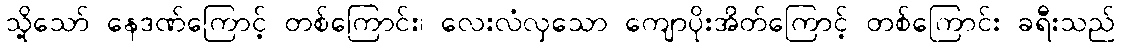
သို့သော် နေဒဏ်ကြောင့် တစ်ကြောင်း၊ လေးလံလှသော ကျောပိုးအိတ်ကြောင့် တစ်ကြောင်း ခရီးသည်